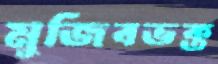
মুজিবভক্ত